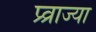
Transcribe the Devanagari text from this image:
प्र्व्राज्या